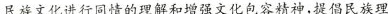
民裤文化进行同情的理解和增强文化包容精神，提倡民族理